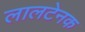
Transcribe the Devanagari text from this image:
लालटेनक